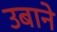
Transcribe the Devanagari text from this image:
उबाने